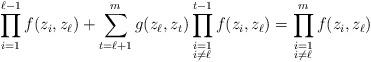
LaTeX: \begin{align*}\prod_{i=1}^{\ell-1}f(z_{i}, z_{\ell})+\sum_{t=\ell+1}^{m}g(z_{\ell}, z_{t})\prod_{\begin{subarray}{c} i=1 \\ i\not=\ell \end{subarray}}^{t-1}f(z_{i}, z_{\ell})=\prod_{\begin{subarray}{c} i=1 \\ i\not=\ell \end{subarray}}^{m}f(z_{i}, z_{\ell}) \end{align*}